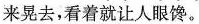
来晃去，看着就让人眼馋。